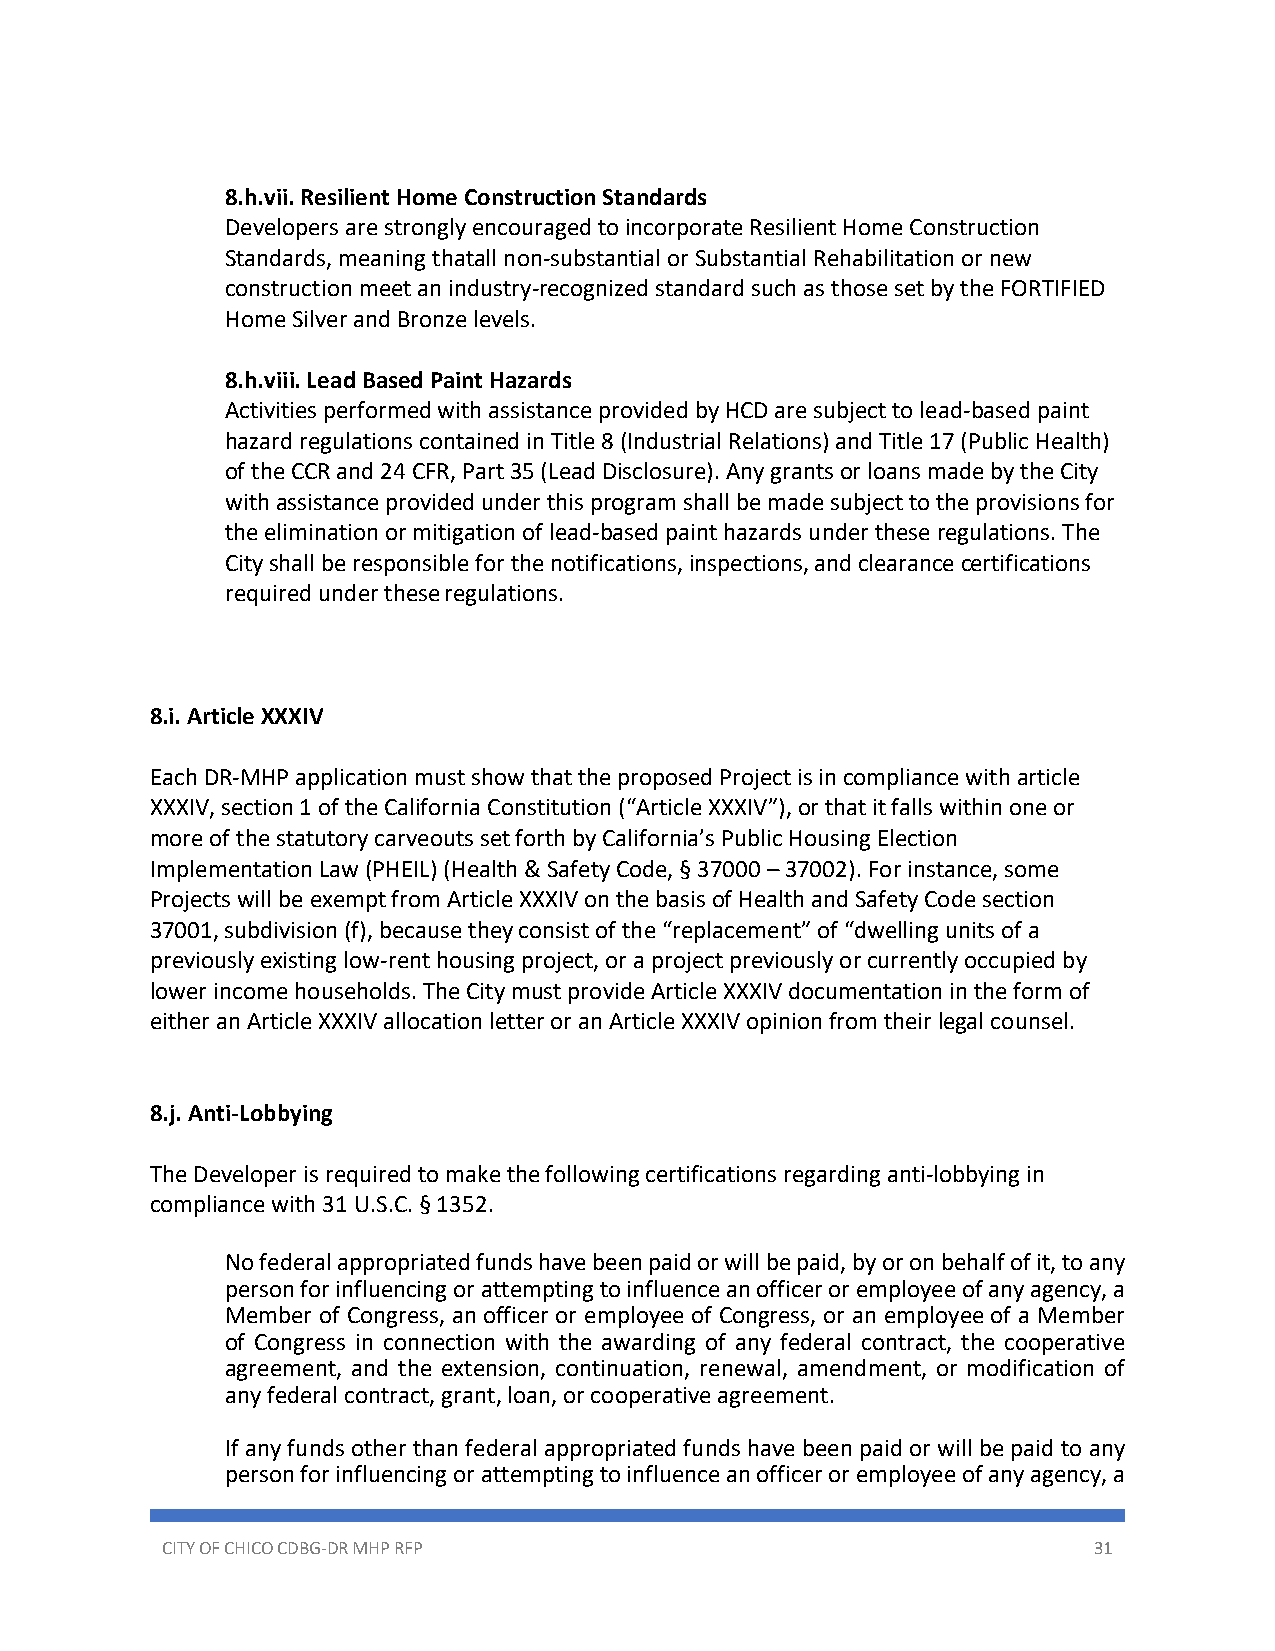
8.h.vii. Resilient Home Construction Standards
 Developers are strongly encouraged to incorporate Resilient Home Construction
 Standards, meaning that all non-substantial or Substantial Rehabilitation or new
 construction meet an industry-recognized standard such as those set by the FORTIFIED
 Home Silver and Bronze levels.
 8.h.viii. Lead Based Paint Hazards
 Activities performed with assistance provided by HCD are subject to lead-based paint
 hazard regulations contained in Title 8 (Industrial Relations) and Title 17 (Public Health)
 of the CCR and 24 CFR, Part 35 (Lead Disclosure). Any grants or loans made by the City
 with assistance provided under this program shall be made subject to the provisions for
 the elimination or mitigation of lead-based paint hazards under these regulations. The
 City shall be responsible for the notifications, inspections, and clearance certifications
 required under these regulations.
 8.i. Article XXXIV
 Each DR-MHP application must show that the proposed Project is in compliance with article
 XXXIV, section 1 of the California Constitution (“Article XXXIV”), or that it falls within one or
 more of the statutory carveouts set forth by California’s Public Housing Election
 Implementation Law (PHEIL) (Health & Safety Code, § 37000 – 37002). For instance, some
 Projects will be exempt from Article XXXIV on the basis of Health and Safety Code section
 37001, subdivision (f), because they consist of the “replacement” of “dwelling units of a
 previously existing low-rent housing project, or a project previously or currently occupied by
 lower income households. The City must provide Article XXXIV documentation in the form of
 either an Article XXXIV allocation letter or an Article XXXIV opinion from their legal counsel.
 8.j. Anti-Lobbying
 The Developer is required to make the following certifications regarding anti-lobbying in
 compliance with 31 U.S.C. § 1352.
 No federal appropriated funds have been paid or will be paid, by or on behalf of it, to any
 person for influencing or attempting to influence an officer or employee of any agency, a
 Member of Congress, an officer or employee of Congress, or an employee of a Member
 of Congress in connection with the awarding of any federal contract, the cooperative
 agreement, and the extension, continuation, renewal, amendment, or modification of
 any federal contract, grant, loan, or cooperative agreement.
 If any funds other than federal appropriated funds have been paid or will be paid to any
 person for influencing or attempting to influence an officer or employee of any agency, a
 CITY OF CHICO CDBG-DR MHP RFP                                31